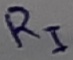
Text: RI